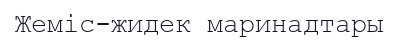
Жеміс-жидек маринадтары